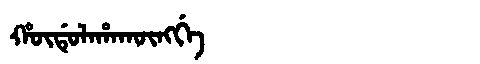
Manchu: ᡥᡡᡩᡠᠯᠠᡥᠠᡴᡡᠩᡤᡝ
Romanization: HŪDULAHAKŪNGGE